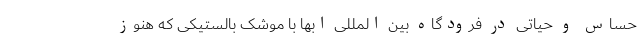
حساس و حیاتی در فرودگاه بین المللی ابها با موشک بالستیکی که هنوز